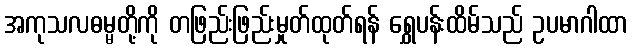
အကုသလဓမ္မတို့ကို တဖြည်းဖြည်းမှုတ်ထုတ်ရန် ရွှေပန်းထိမ်သည် ဥပမာဂါထာ